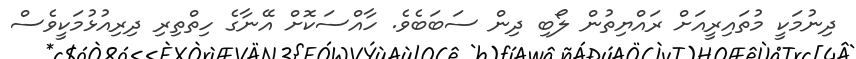
ދިނުމަކީ މުތައިރީއަށް ރައްޔިތުން ލޯބި ދިން ސަބަބެވެ. ހާއްސަކޮށް އޭނާގެ ހިތްތިރި ދިރިއުޅުމަކީވެސް